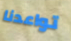
تواعدنا